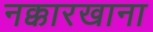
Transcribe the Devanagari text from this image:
नक्कारखाना